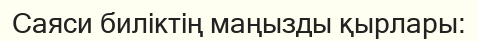
Саяси биліктің маңызды қырлары: